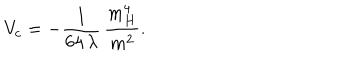
LaTeX: V _ { c } = - \frac { 1 } { 6 4 \, \lambda } \, \frac { m _ { H } ^ { 4 } } { m ^ { 2 } } .